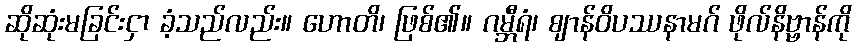
ဆိုဆုံးမခြင်းငှာ ခံ့သည်လည်း။ ဟောတိ၊ ဖြစ်၏။ ဂမ္ဘီရံ၊ ဈာန်ဝိပဿနာမဂ် ဖိုလ်နိဗ္ဗာန်ကို